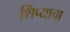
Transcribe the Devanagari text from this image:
शिंप्याचा